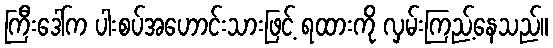
ကြီးဒေါ်က ပါးစပ်အဟောင်းသားဖြင့် ရထားကို လှမ်းကြည့်နေသည်။